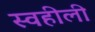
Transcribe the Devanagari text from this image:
स्वहीली